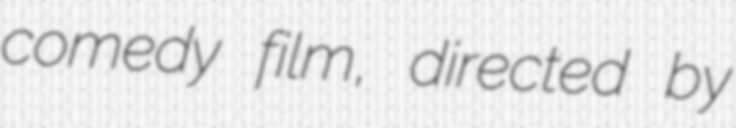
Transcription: comedy film, directed by